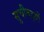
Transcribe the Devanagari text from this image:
सुचीबद्धों